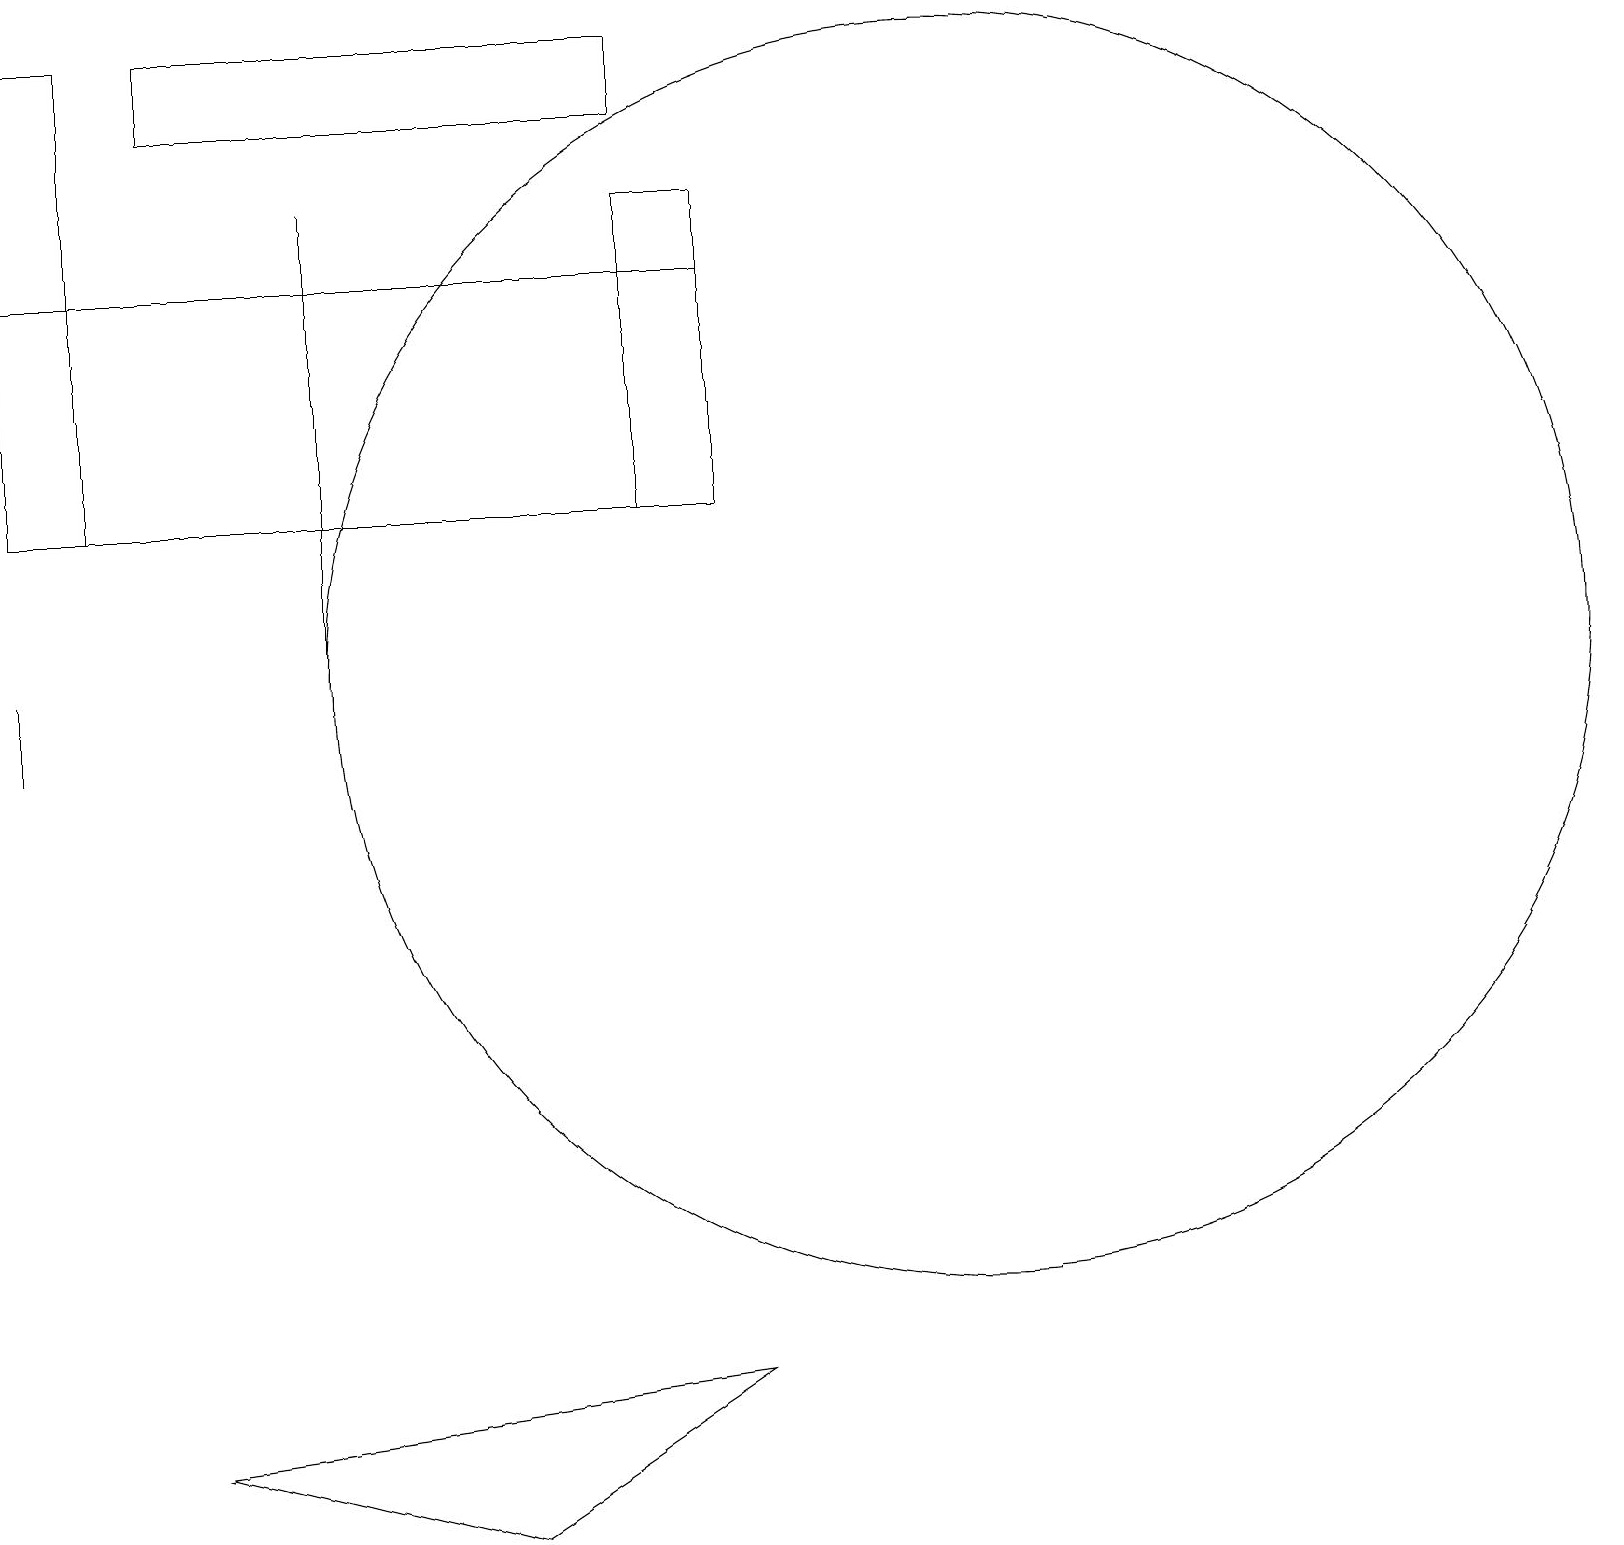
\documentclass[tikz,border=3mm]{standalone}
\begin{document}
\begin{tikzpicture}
\draw (9,13) rectangle (0,16);
\draw (9,2) -- (2,1) -- (6,0) -- cycle;
\draw (12,11) circle (8);
\draw (8,18) rectangle (2,19);
\draw (0,10) rectangle (0,11);
\draw (9,13) rectangle (8,17);
\draw (4,11) rectangle (4,17);
\draw (1,19) rectangle (0,13);
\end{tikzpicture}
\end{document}